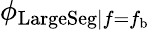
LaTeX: \phi_{\mathrm{LargeSeg}|f=f_{\mathrm{b}}}